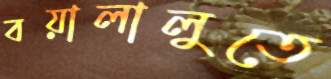
বয়ালালুতে